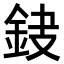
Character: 𨥻